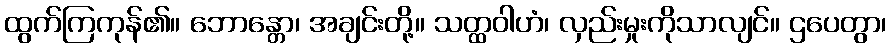
ထွက်ကြကုန်၏။ ဘောန္တော၊ အချင်းတို့။ သတ္ထဝါဟံ၊ လှည်းမှုးကိုသာလျင်။ ဌပေတွာ၊